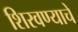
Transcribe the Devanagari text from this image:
शिरवण्याचे